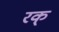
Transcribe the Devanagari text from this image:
रक्